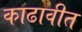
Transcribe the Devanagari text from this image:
काढावीत